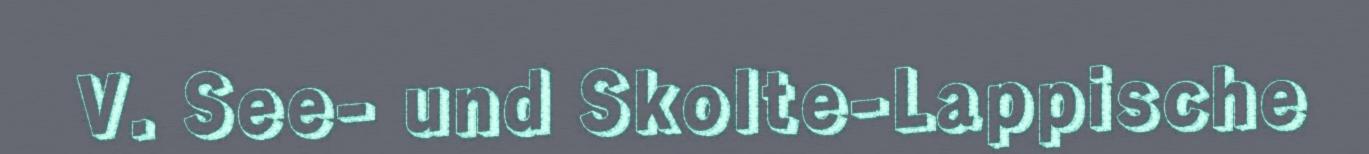
V. See- und Skolte-Lappische